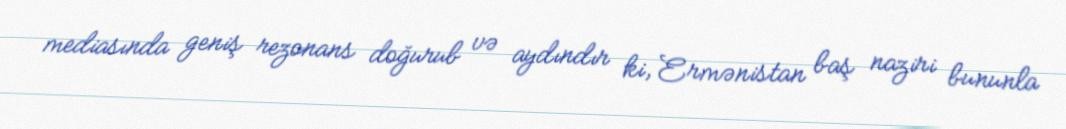
mediasında geniş rezonans doğurub və aydındır ki, Ermənistan baş naziri bununla